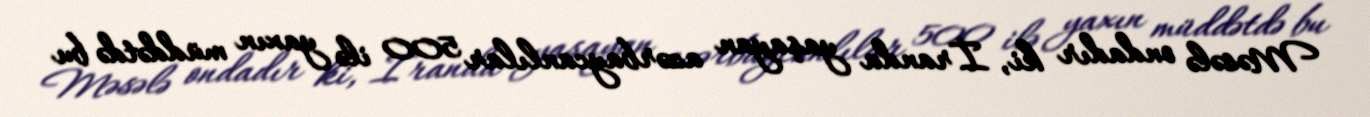
Məsələ ondadır ki, İranda yaşayan azərbaycanlılar 500 ilə yaxın müddətdə bu